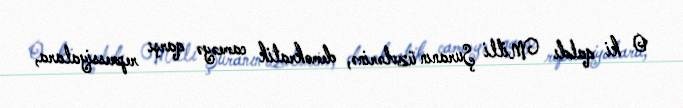
O ki qaldı Milli Şuranın üzvlərinə, demokratik cameəyə qarşı repressiyalara,